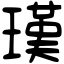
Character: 𤨢